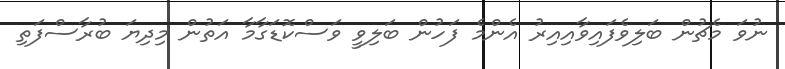
ނުވަ މެޗުން ބަލިވެފައިވާއިއިރު އެންމެ ފަހުން ބަލިވީ ވަސްކޮޑަގާމާ އަތުން މިދިޔަ ބުރާސްފަތި